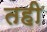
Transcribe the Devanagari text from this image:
तही